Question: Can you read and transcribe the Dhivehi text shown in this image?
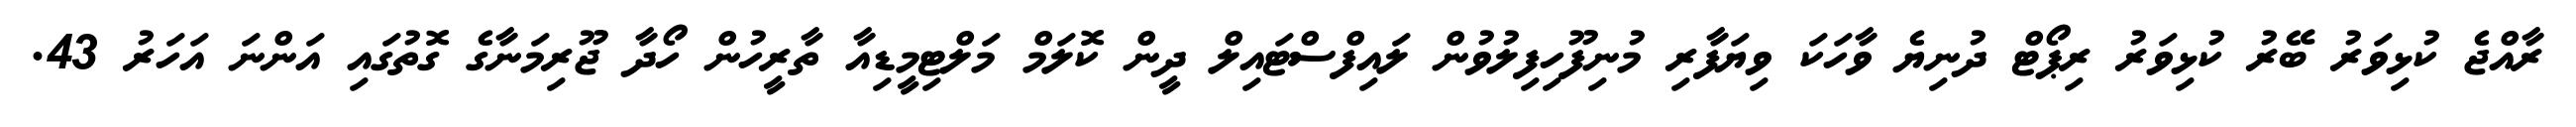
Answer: ރާއްޖެ ކުޅިވަރު ބޭރު ކުޅިވަރު ރިޕޯޓް ދުނިޔެ ވާހަކަ ވިޔަފާރި މުނިފޫހިފިލުވުން ލައިފްސްޓައިލް ދީން ކޮލަމް މަލްޓިމީޑިއާ ތާރީހުން ހޯދާ ޖޫރިމަނާގެ ގޮތުގައި އަންނަ އަހަރު 43.